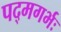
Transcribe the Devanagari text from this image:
पद्मगर्भः